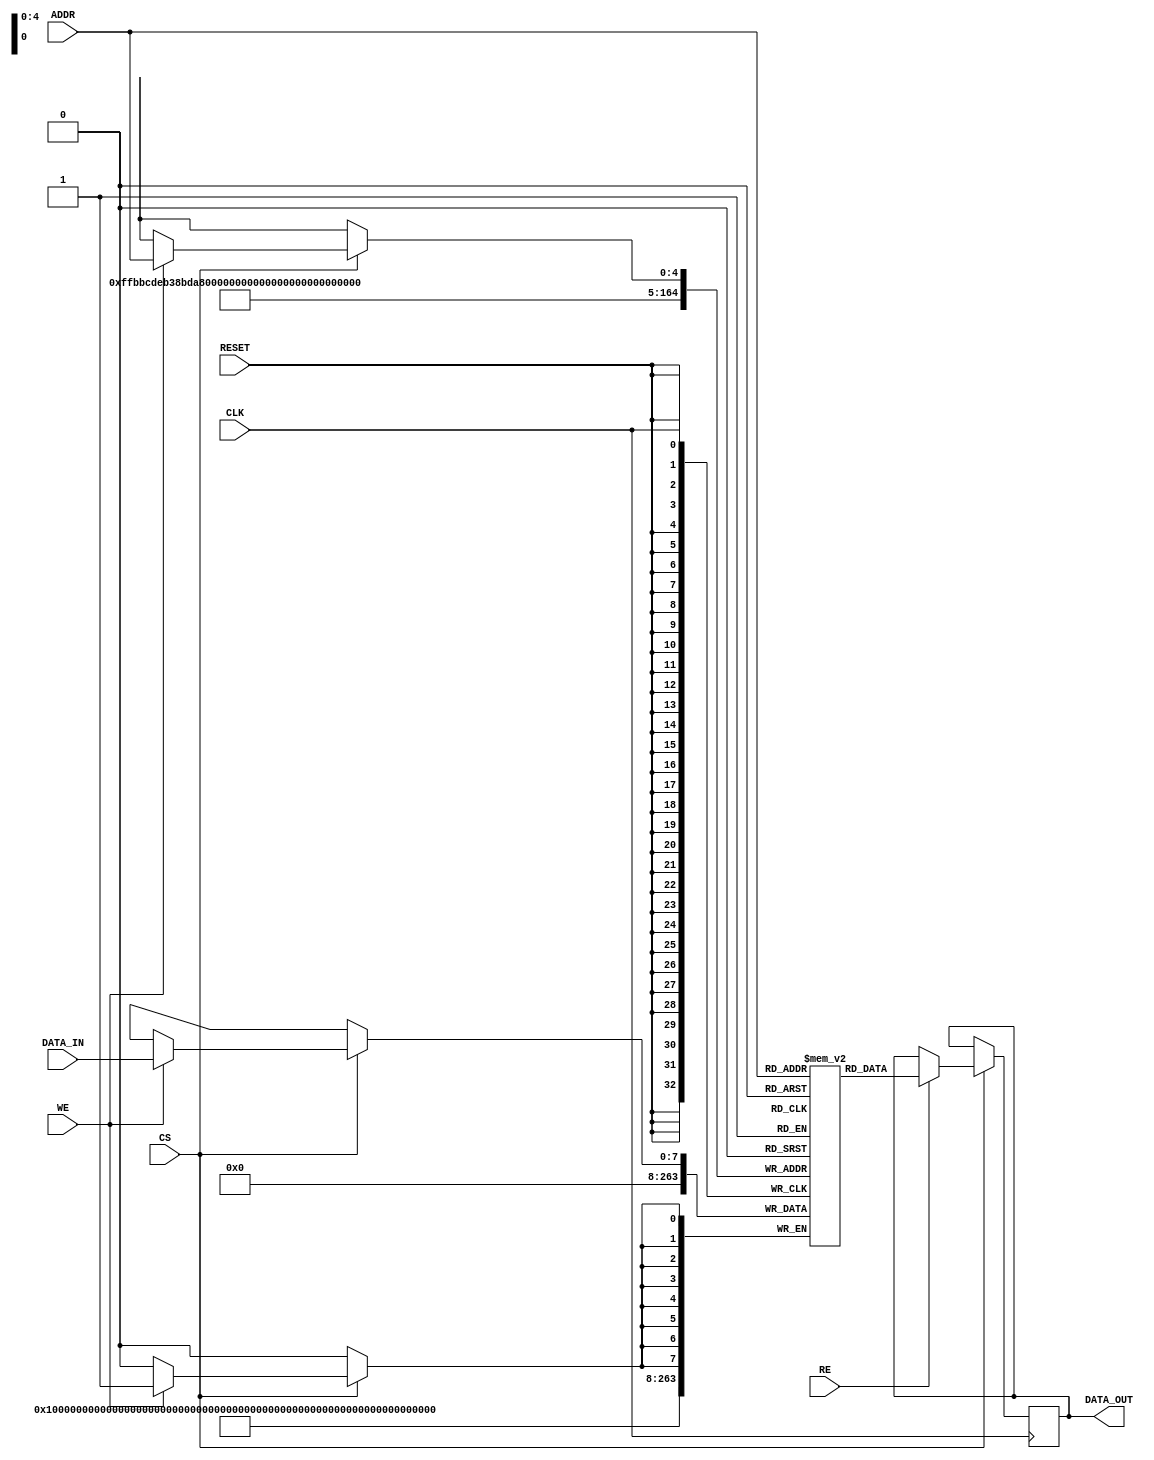
module ScratchpadMemory #(
    parameter ADDR_WIDTH = 5,  // Address width for 32 bytes (2^5)
    parameter DATA_WIDTH = 8    // Data width (8, 16, or 32 bits)
)(
    input wire                   CLK,        // Clock signal
    input wire                   CS,         // Chip Select
    input wire                   WE,         // Write Enable
    input wire                   RE,         // Read Enable
    input wire [ADDR_WIDTH-1:0] ADDR,       // Address input
    input wire [DATA_WIDTH-1:0] DATA_IN,    // Data input for write operations
    output reg [DATA_WIDTH-1:0] DATA_OUT,   // Data output for read operations
    input wire                   RESET        // Reset signal
);

    // Memory storage
    reg [DATA_WIDTH-1:0] memory [(2**ADDR_WIDTH)-1:0];

    // Initialization routine
    integer i;
    always @(posedge RESET) begin
        for (i = 0; i < (2**ADDR_WIDTH); i = i + 1) begin
            memory[i] <= {DATA_WIDTH{1'b0}};  // Initialize memory to zero
        end
    end

    // Synchronous read and write operations
    always @(posedge CLK) begin
        if (CS) begin
            if (WE) begin
                // Write operation
                memory[ADDR] <= DATA_IN;
            end
            if (RE) begin
                // Read operation
                DATA_OUT <= memory[ADDR];
            end
        end
    end

endmodule